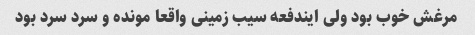
مرغش خوب بود ولی ایندفعه سیب زمینی واقعا مونده و سرد سرد بود